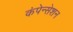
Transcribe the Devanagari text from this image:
कंपेन्सेशन